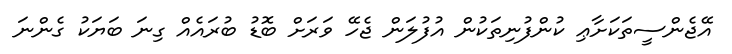
އޭޖެންސީތަކަށާޢި ކުންފުނިތަކުން އުފުލަން ޖެހޭ ވަރަށް ބޮޑު ބުރައެއް ގިނަ ބަޔަކު ގެންނަ